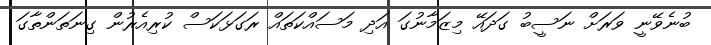
ބުނެވޭނީ ވަރަށް ނަސީބު ގަދައޭ މިޒަމާނުގަ އަދި މަސައްކަތައް ރަގަޅަކަސް ކުރިއެރުން ގިނަތަންތާގަ